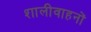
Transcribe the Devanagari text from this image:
शालीवाहनों